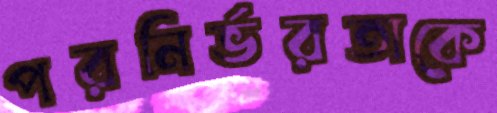
পরনির্ভরতাকে